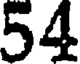
54